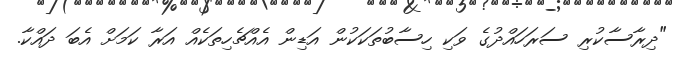
"ދިރާސާކުރި ސަރަހައްދުގެ ވަކި ހިސާބުތަކަކުން އަޑިން އެއްޗެހިތަކެއް އަރާ ކަމަށް އެބަ ދައްކާ.